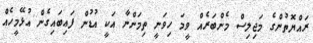
ރައްޔޮތުންގެ މަޖިލިސް މެންބަރެއް ވީމަ ހިވަނީ ތިމަންނާ އަކީ އުޑުން ފަޢިބައިގެން އުޅޭމީހެއް